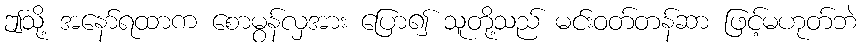
ဤသို့ အနော်ရထာက စောမွန်လှအား ပြော၍ သူတို့သည် မင်းဝတ်တန်ဆာ ဖြင့်မဟုတ်ဘဲ